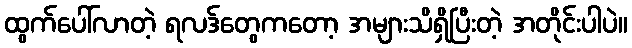
ထွက်ပေါ်လာတဲ့ ရလဒ်တွေကတော့ အများသိရှိပြီးတဲ့ အတိုင်းပါပဲ။